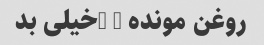
روغن مونده … …خیلی بد